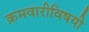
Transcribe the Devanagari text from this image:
क्रमवारीविषयी